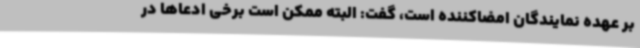
بر عهده نمایندگان امضاکننده است، گفت: البته ممکن است برخی ادعاها در